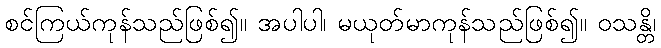
စင်ကြယ်ကုန်သည်ဖြစ်၍။ အပါပါ၊ မယုတ်မာကုန်သည်ဖြစ်၍။ ဝသန္တိ၊